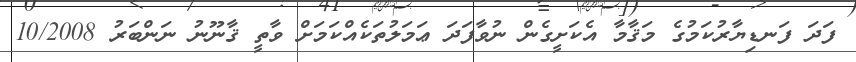
ފަދަ ފަނޑިޔާރުކަމުގެ މަޤާމާ އެކަށީގެން ނުވާފަދަ ޢަމަލުތަކެއްކަމަށް ވާތީ ޤާނޫނު ނަންބަރު 10/2008